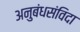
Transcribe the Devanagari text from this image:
अनुबंधसंविदा